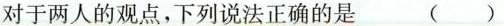
对于两人的观点，下列说法正确的是 ( )